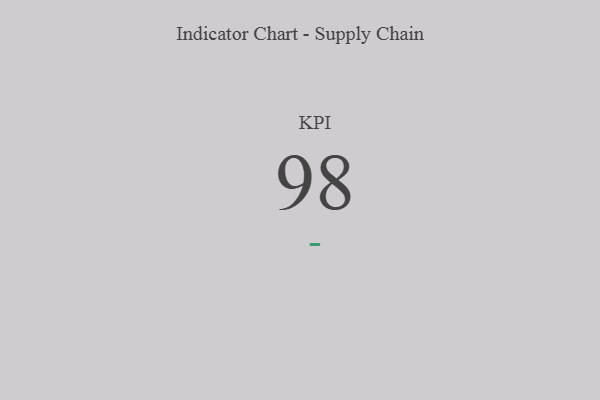
{"axis": {"x": "KPI", "y": "Value"}, "legend": [""], "data": [{"x": "KPI", "y": 98, "type": ""}]}